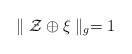
\begin{align*} \parallel \mathcal{Z}\oplus \mathcal{\xi}\parallel_{g}=1 \end{align*}